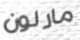
مارلون